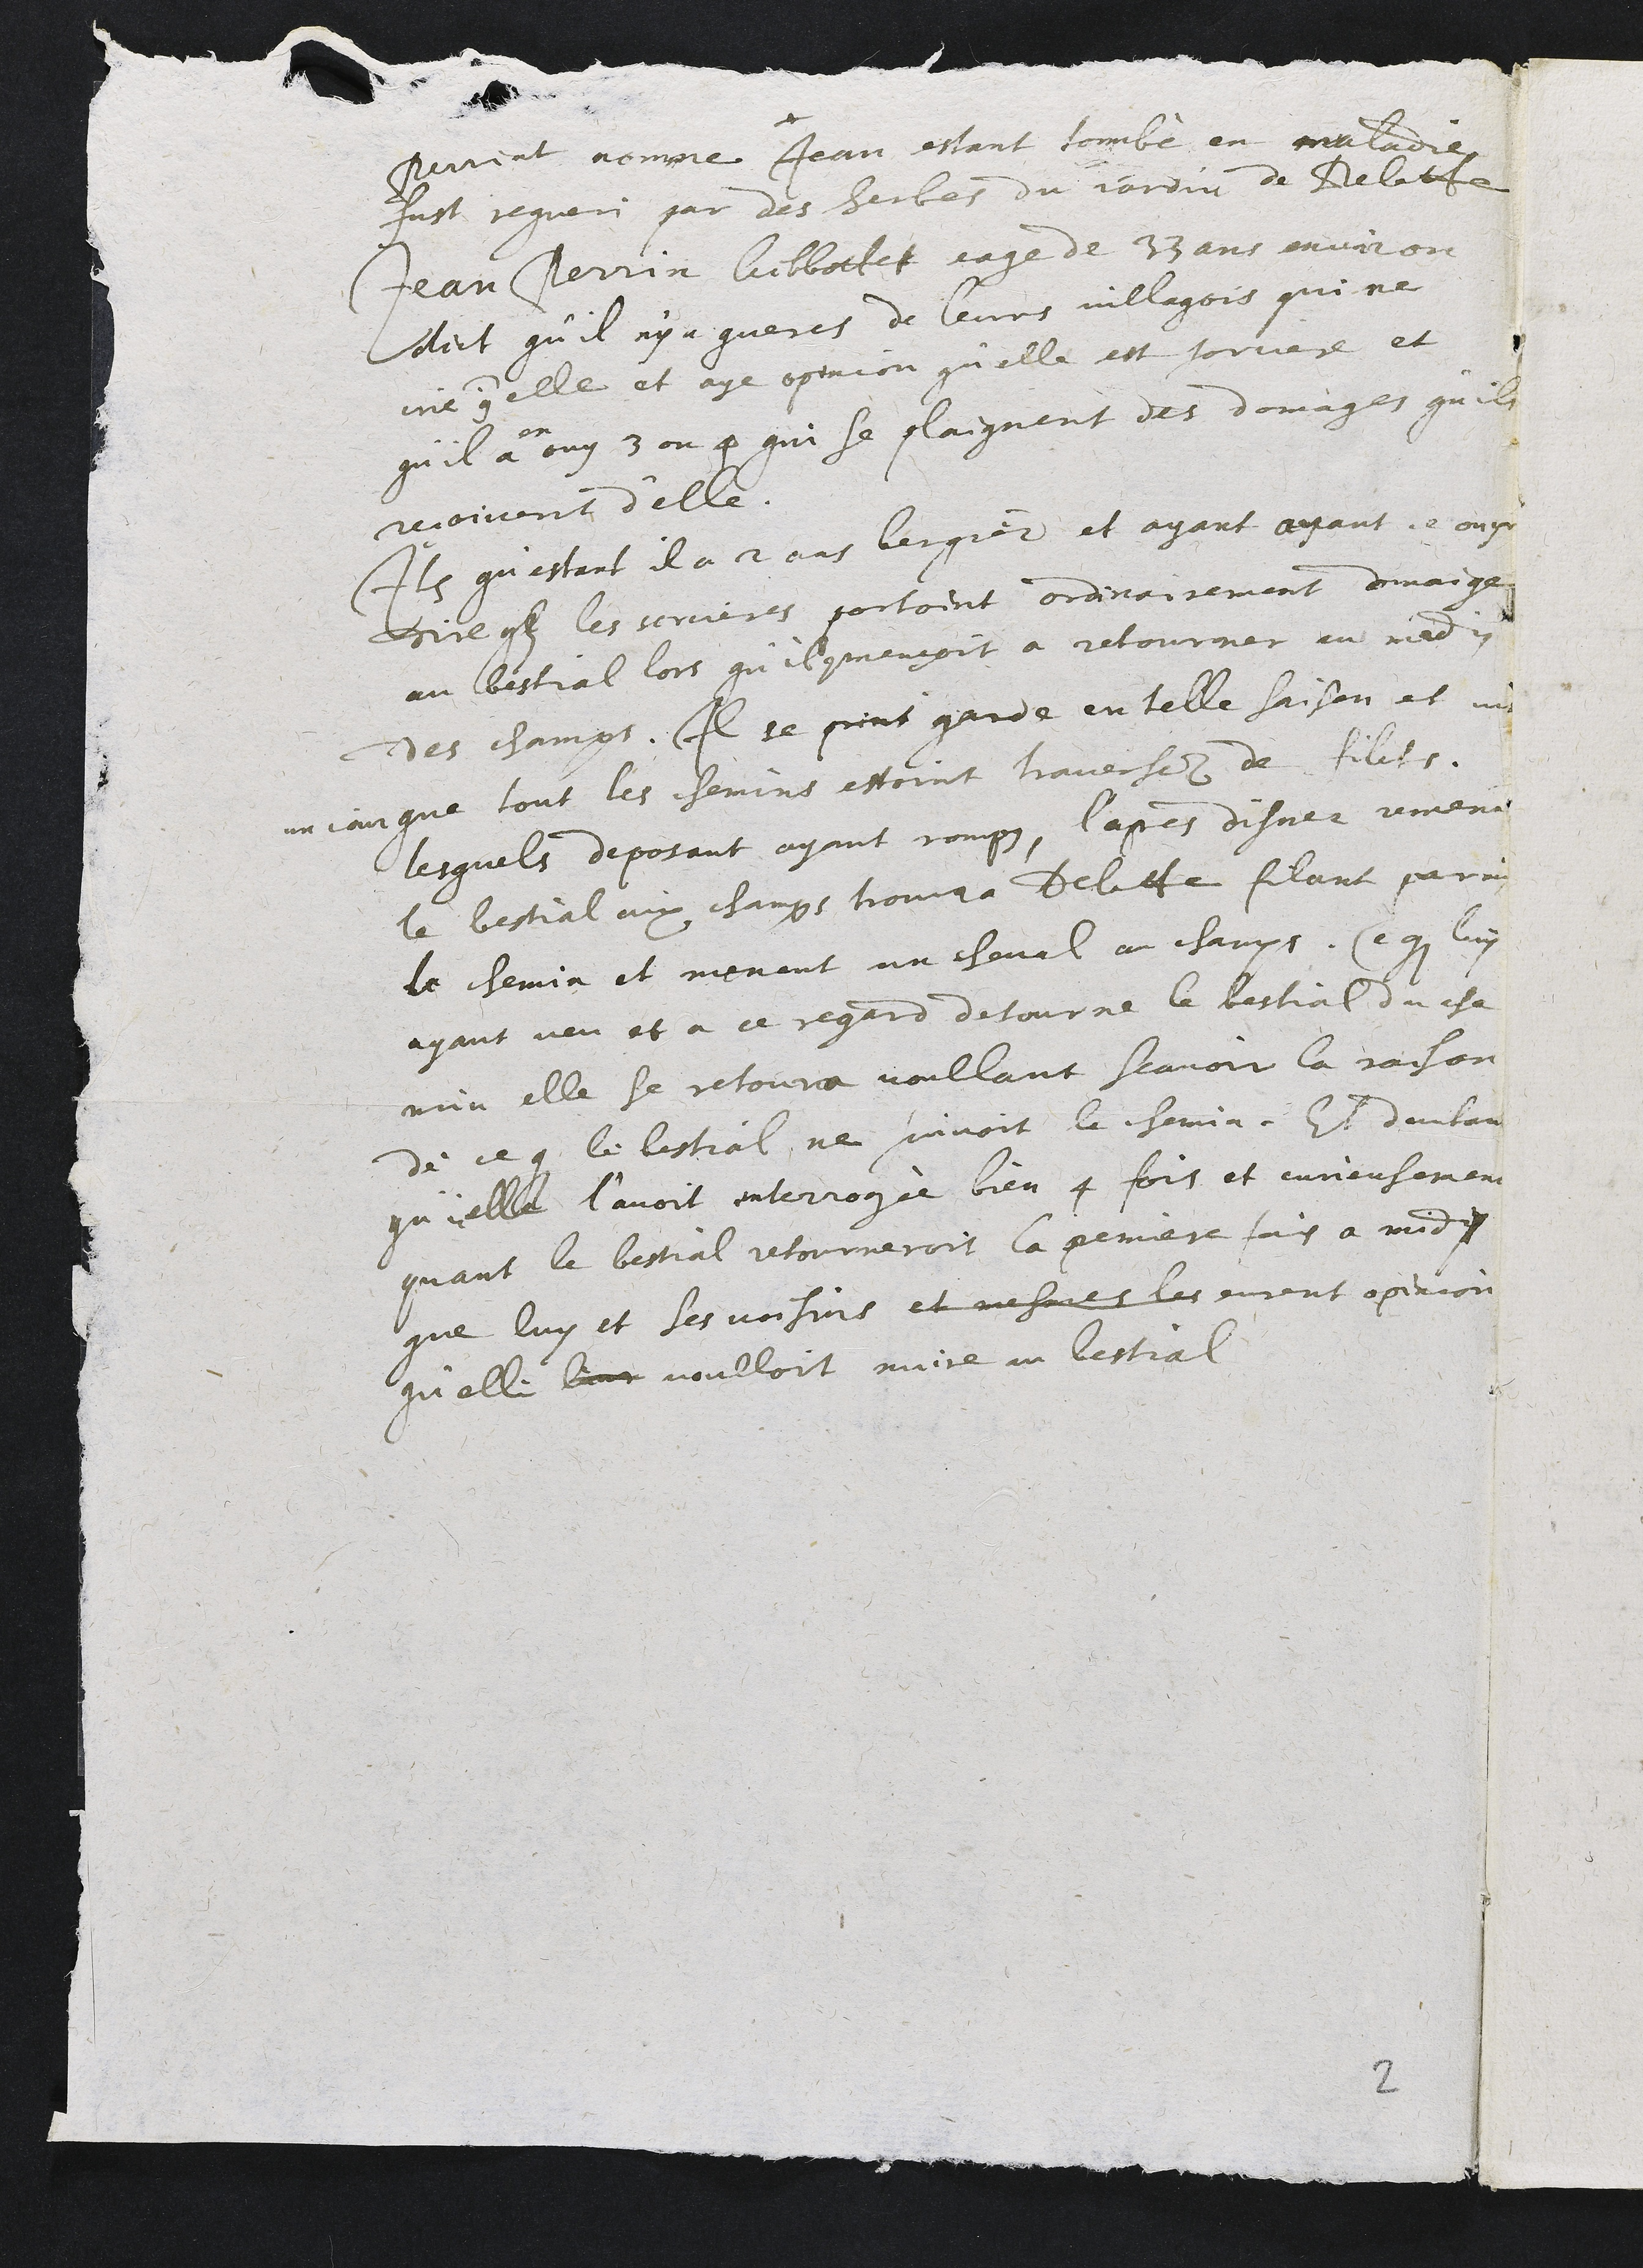
+
pevent nomme Jean estant tombé en maladie
fust regueri par des herbes du jardin de Delitte
Jean Perrin Vibbottet eage de 33 ans eviron
dict qu’'il ny a gueres de leurs villagois qui ne
cne  elle et aye opinion qu’elle est sorciere et
qu'il
en
a ouy 3 ou 4 qui se plaignent des domages qu'ils
vioivent d’elle.
Item qu’estant il a 2 ans bergier et ayant ayant je ouyr
Qil yl les sorcieres portoint ordinairement domaige
au bestial lors qu'il commensoit a retourmer en mady
des champs. Il se print garde en telle saison et vi
un jourque tout les chemins estoint havechez de filits.
lesquels deposant ayant romps, l’apres disner remend
le bestial aux champs tromga Delitte filant par ny
le chemin et menent un cheval au champs, Ce que luy
ayant veu et à ce regard detour ne le bestial du che
min elle se retoura voullant scavoir la raison
de ce que le lestial, ne sivoit le chemin. Et deutan
qu’ielle l’avoit interrogée bien 4 fois et eurieusement
quant le bestial retourneroit la pemiere fay a midy
que luy et ses voisins et musores les vurent opinion
qu’elle luur voulloit nuire au lestial